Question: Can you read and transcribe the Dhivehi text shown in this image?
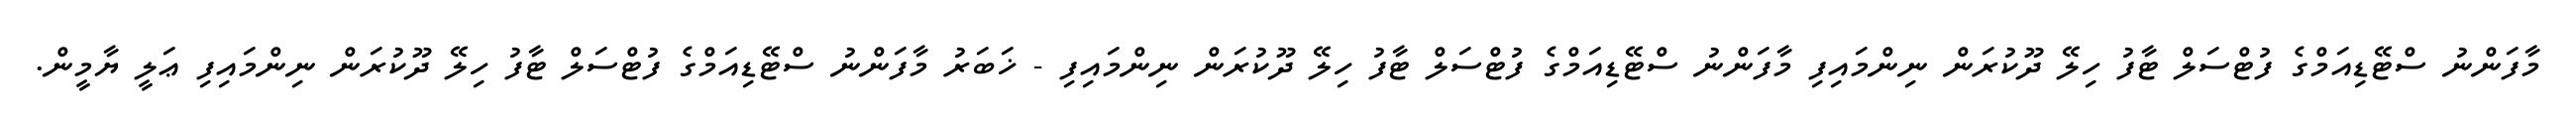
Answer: މާފަންނު ސްޓޭޑިއަމްގެ ފުޓްސަލް ޓާފު ހިލޭ ދޫކުރަން ނިންމައިފި މާފަންނު ސްޓޭޑިއަމްގެ ފުޓްސަލް ޓާފު ހިލޭ ދޫކުރަން ނިންމައިފި - ޚަބަރު މާފަންނު ސްޓޭޑިއަމްގެ ފުޓްސަލް ޓާފު ހިލޭ ދޫކުރަން ނިންމައިފި ޢަލީ ޔާމީން.